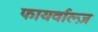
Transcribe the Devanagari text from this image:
फायर्वाल्ज़